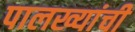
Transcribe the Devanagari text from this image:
पालख्यांची